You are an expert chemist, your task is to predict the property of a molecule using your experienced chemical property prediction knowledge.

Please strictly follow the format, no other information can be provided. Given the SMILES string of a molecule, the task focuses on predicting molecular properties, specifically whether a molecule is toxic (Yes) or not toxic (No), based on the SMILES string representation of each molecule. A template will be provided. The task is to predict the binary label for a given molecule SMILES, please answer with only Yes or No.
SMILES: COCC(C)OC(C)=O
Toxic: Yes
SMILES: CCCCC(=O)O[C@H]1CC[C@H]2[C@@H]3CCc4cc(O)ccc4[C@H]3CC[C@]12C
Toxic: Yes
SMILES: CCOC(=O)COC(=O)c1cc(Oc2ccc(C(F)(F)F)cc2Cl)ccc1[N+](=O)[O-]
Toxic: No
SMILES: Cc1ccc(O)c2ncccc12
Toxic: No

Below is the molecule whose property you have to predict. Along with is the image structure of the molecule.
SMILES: OCc1c2ccccc2cc2ccccc12
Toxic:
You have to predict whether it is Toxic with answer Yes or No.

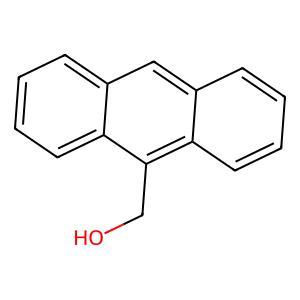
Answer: No